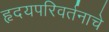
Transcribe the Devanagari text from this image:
हृदयपरिवर्तनाचे